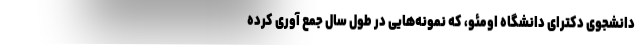
دانشجوی دکترای دانشگاه اومئو، که نمونه‌هایی در طول سال جمع آوری کرده